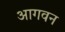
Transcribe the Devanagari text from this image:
आगवन